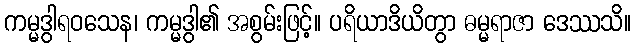
ကမ္မဒွါရဝသေန၊ ကမ္မဒွါ၏ အစွမ်းဖြင့်။ ပရိယာဒိယိတွာ ဓမ္မရာဇာ ဒေဿသိ။